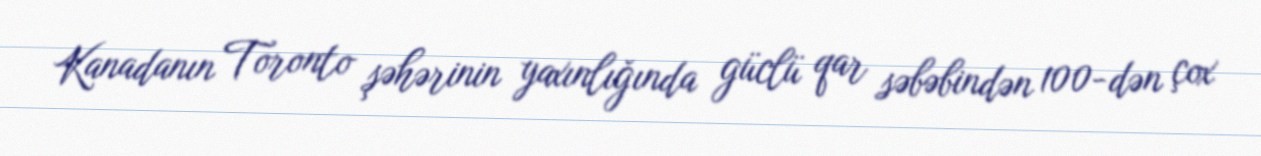
Kanadanın Toronto şəhərinin yaxınlığında güclü qar səbəbindən 100-dən çox